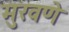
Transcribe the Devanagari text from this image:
मुरवणे